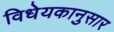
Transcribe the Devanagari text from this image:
विधेयकानुसार